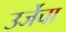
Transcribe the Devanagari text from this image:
उर्जेचा